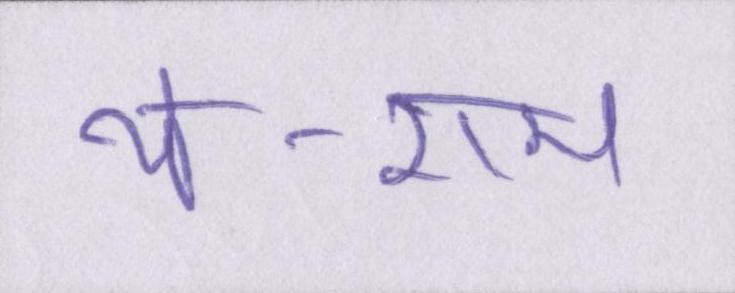
थे-राम